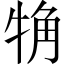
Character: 觕